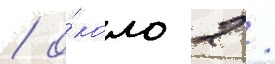
/ о́коло 2 /